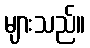
များသည်။